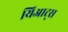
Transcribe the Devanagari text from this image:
यिआट्स